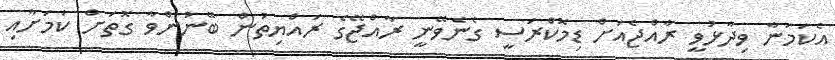
އެކަމަނާ ވިދާޅުވީ ރާއްޖެއަށް ޑިމޮކްރަސީ ގެނެވޭނީ ރާއްޖޭގެ ރައްޔިތުން ބޭނުންވާ ގޮތަށް ކަަމަށާއި